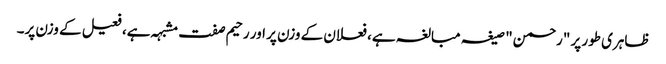
ظاہری طور پر "رحمن" صیغہ مبالغہ ہے، فعلان کے وزن پر اور رحیم صفت مشبہہ ہے، فعیل کے وزن پر۔